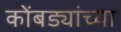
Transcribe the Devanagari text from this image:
कोंबड्यांच्या